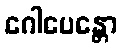
ဂေါပေန္တော